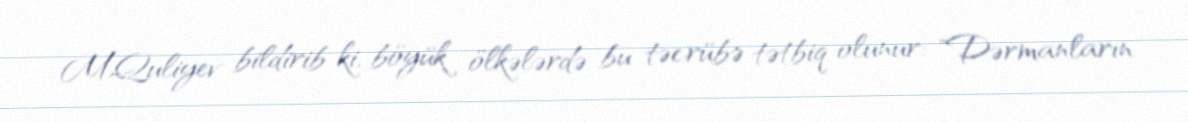
M.Quliyev bildirib ki, böyük ölkələrdə bu təcrübə tətbiq olunur: "Dərmanların